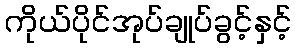
ကိုယ်ပိုင်အုပ်ချုပ်ခွင့်နှင့်